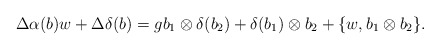
\begin{align*}\Delta\alpha(b)w+\Delta\delta(b)=gb_1\otimes \delta(b_2)+\delta(b_1)\otimes b_2+\{w, b_1\otimes b_2\}.\end{align*}